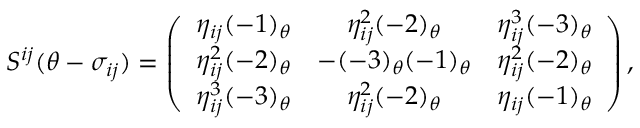
S ^ { i j } ( \theta - \sigma _ { i j } ) = \left( \begin{array} { c c c } { { \eta _ { i j } ( - 1 ) _ { \theta } } } & { { \eta _ { i j } ^ { 2 } ( - 2 ) _ { \theta } } } & { { \eta _ { i j } ^ { 3 } ( - 3 ) _ { \theta } } } \\ { { \eta _ { i j } ^ { 2 } ( - 2 ) _ { \theta } } } & { { - ( - 3 ) _ { \theta } ( - 1 ) _ { \theta } } } & { { \eta _ { i j } ^ { 2 } ( - 2 ) _ { \theta } } } \\ { { \eta _ { i j } ^ { 3 } ( - 3 ) _ { \theta } } } & { { \eta _ { i j } ^ { 2 } ( - 2 ) _ { \theta } } } & { { \eta _ { i j } ( - 1 ) _ { \theta } } } \end{array} \right) ,